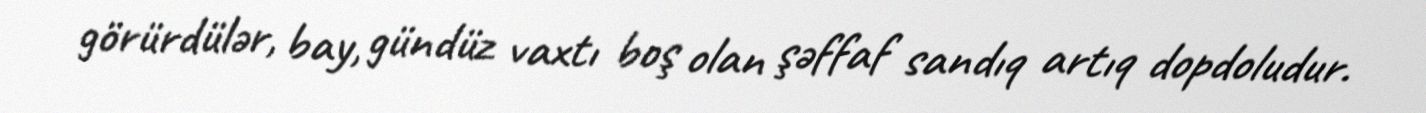
görürdülər, bay, gündüz vaxtı boş olan şəffaf sandıq artıq dopdoludur.